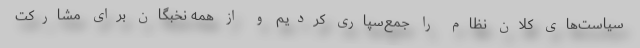
سیاست‌های کلان نظام را جمع‌سپاری کردیم و از همه نخبگان برای مشارکت